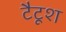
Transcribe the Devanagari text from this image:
टैटूश